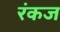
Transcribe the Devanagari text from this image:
रंकज